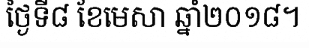
ថ្ងៃទី៨ ខែមេសា ឆ្នាំ២០១៨។